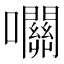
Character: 𡅭